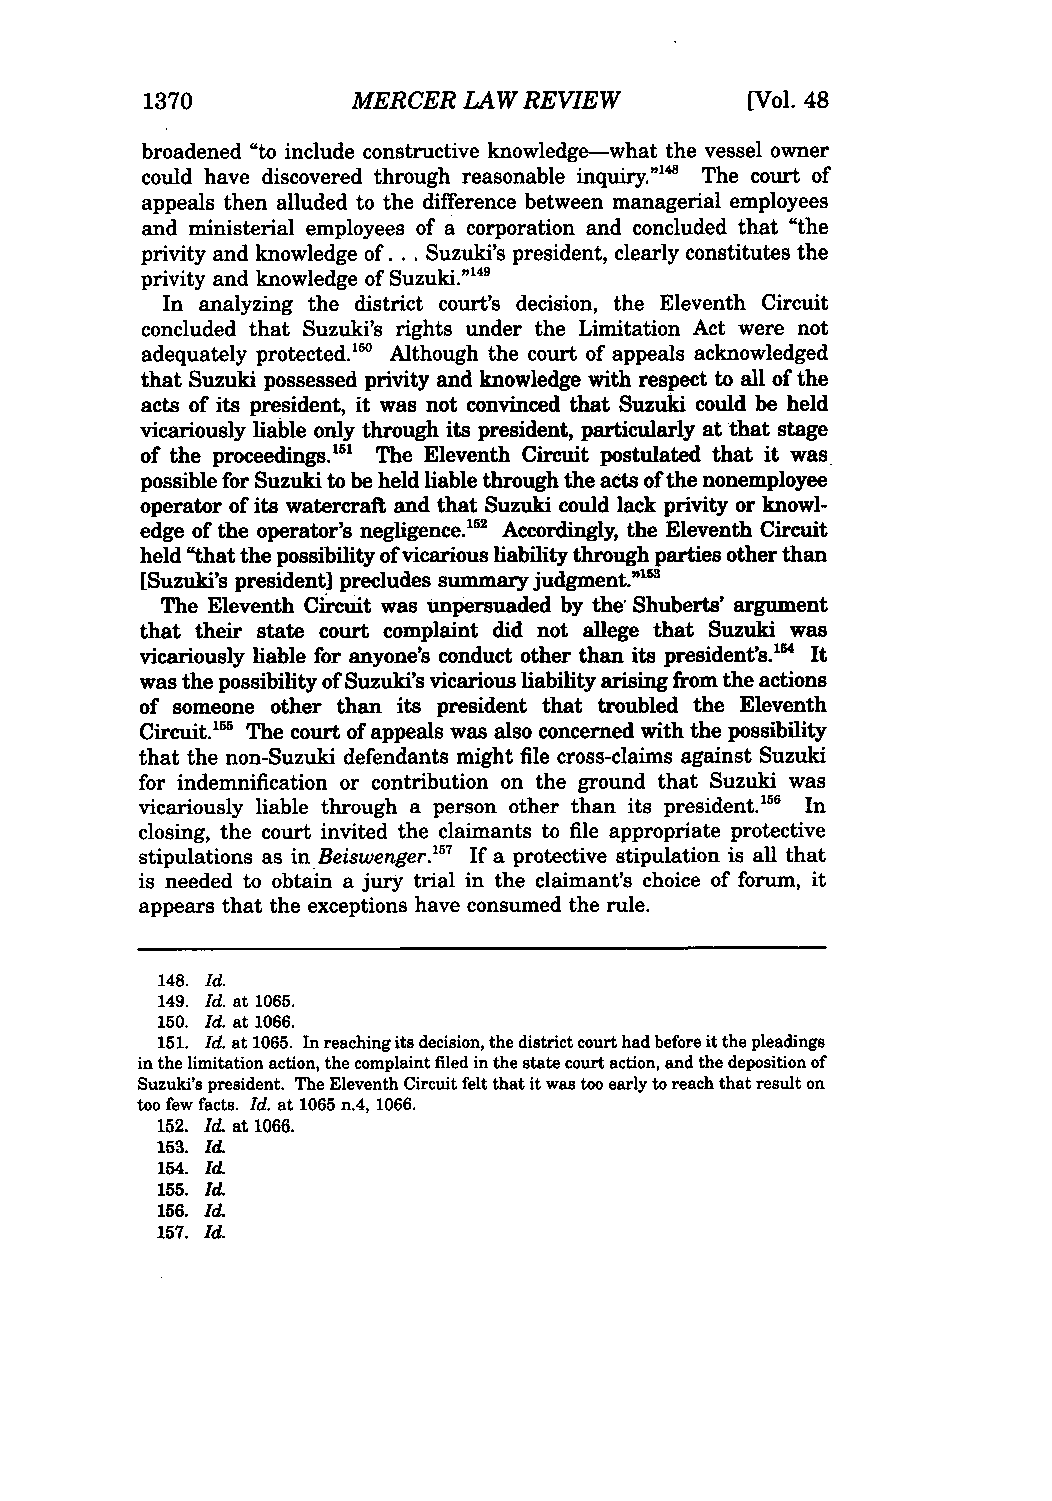
1370         MERCER  LAW REVIEW         [Vol. 48
 broadened "to include constructive knowledge-what the vessel owner
 could have discovered through reasonable inquiry."'4 The court of
 appeals then alluded to the difference between managerial employees
 and ministerial employees of a corporation and concluded that "the
 privity and knowledge of... Suzuki's president, clearly constitutes the
 privity and knowledge of Suzuki."49
 In analyzing the district court's decision, the Eleventh Circuit
 concluded that Suzuki's rights under the Limitation Act were not
 adequately protected."W Although the court of appeals acknowledged
 that Suzuki possessed privity and knowledge with respect to all of the
 acts of its president, it was not convinced that Suzuki could be held
 vicariously liable only through its president, particularly at that stage
 of the proceedings.'' The Eleventh Circuit postulated that it was
 possible for Suzuki to be held liable through the acts of the nonemployee
 operator of its watercraft and that Suzuki could lack privity or knowl-
 edge of the operator's negligence.'5 2 Accordingly, the Eleventh Circuit
 held "that the possibility of vicarious liability through parties other than
 [Suzuki's president] precludes summary judgment."'
 The Eleventh Circuit was unpersuaded by the Shuberts' argument
 that their state court complaint did not allege that Suzuki was
 vicariously liable for anyone's conduct other than its president's.'" It
 was the possibility of Suzuki's vicarious liability arising from the actions
 of someone other than its president that troubled the Eleventh
 Circuit.' The court of appeals was also concerned with the possibility
 that the non-Suzuki defendants might file cross-claims against Suzuki
 for indemnification or contribution on the ground that Suzuki was
 vicariously liable through a person other than its president.1" In
 closing, the court invited the claimants to file appropriate protective
 stipulations as in Beiswenger.5 7 If a protective stipulation is all that
 is needed to obtain a jury trial in the claimant's choice of forum, it
 appears that the exceptions have consumed the rule.
 148. Id.
 149. Id. at 1065.
 150. Id at 1066.
 151. Id. at 1065. In reaching its decision, the district court had before it the pleadings
 in the limitation action, the complaint filed in the state court action, and the deposition of
 Suzuki's president. The Eleventh Circuit felt that it was too early to reach that result on
 too few facts. Id. at 1065 n.4, 1066.
 152. Id. at 1066.
 153. Id.
 154. Id.
 155. Id.
 156. Id
 157. Id.